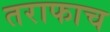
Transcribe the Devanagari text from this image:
तराफाच